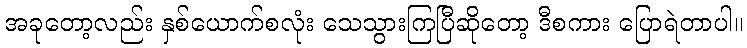
အခုတော့လည်း နှစ်ယောက်စလုံး သေသွားကြပြီဆိုတော့ ဒီစကား ပြောရဲတာပါ။